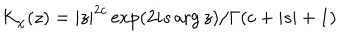
LaTeX: K _ { \chi } ( z ) = | z | ^ { 2 c } \exp ( 2 i s \arg z ) / \Gamma ( c + | s | + 1 )